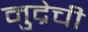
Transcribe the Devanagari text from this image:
मुद्रेची